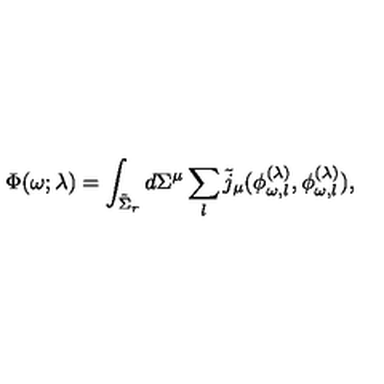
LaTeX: \Phi ( \omega ; \lambda ) = \int _ { \tilde { \Sigma } _ { r } } d \Sigma ^ { \mu } \sum _ { l } \tilde { j } _ { \mu } ( \phi _ { \omega , l } ^ { ( \lambda ) } , \phi _ { \omega , l } ^ { ( \lambda ) } ) ,